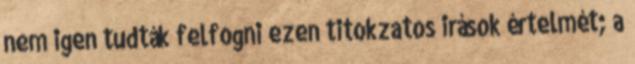
nem igen tudták felfogni ezen titokzatos irások értelmét; a